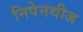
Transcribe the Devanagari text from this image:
निपेनथीज